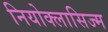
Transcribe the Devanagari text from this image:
नियोक्लासिज्म